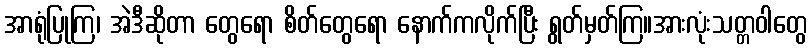
အာရုံပြုကြ၊ အဲဒီဆိုတာ တွေရော စိတ်တွေရော နောက်ကလိုက်ပြီး ရွတ်မှတ်ကြ။အားလုံးသတ္တဝါတွေ